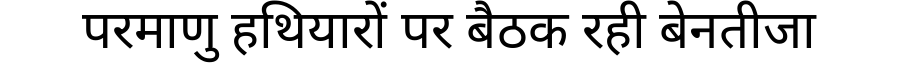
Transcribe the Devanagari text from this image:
परमाणु हथियारों पर बैठक रही बेनतीजा